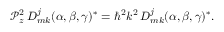
{ \mathcal { P } } _ { z } ^ { 2 } \, D _ { m k } ^ { j } ( \alpha , \beta , \gamma ) ^ { * } = \hbar ^ { 2 } k ^ { 2 } \, D _ { m k } ^ { j } ( \alpha , \beta , \gamma ) ^ { * } .